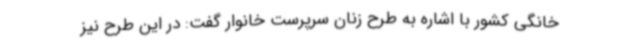
خانگی کشور با اشاره به طرح زنان سرپرست خانوار گفت: در این طرح نیز